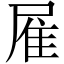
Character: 𨾈